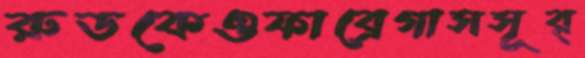
রুডকেওফাব্রেগাসসূর্